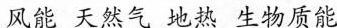
风能 天然气 地热 生物质能